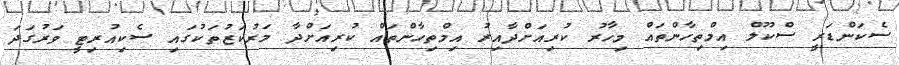
ސެކަންޑަރީ ސްކޫލް އިމްތިހާންތައް މިހާރު ކުރިއަށްދާއިރު އިމްތިހާންތައް ކުރިއަށްދާ މަރުކަޒުތަކުގައި ސެކިއުރިޓީ ވަރުގަދަ